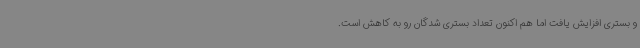
و بستری افزایش یافت اما هم اکنون تعداد بستری شدگان رو به کاهش است.